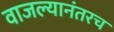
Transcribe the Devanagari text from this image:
वाजल्यानंतरच